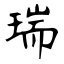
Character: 瑞